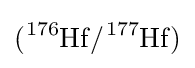
{\ce {(^{176}Hf/^{177}Hf)}}